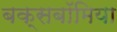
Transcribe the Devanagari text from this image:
बक्सबॉमिया